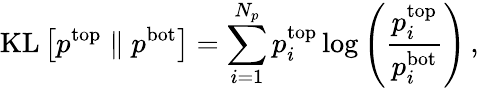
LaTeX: \mathrm{KL}\left[p^{\mathrm{top}}\parallel p^{\mathrm{bot}}\right]=\sum_{i=1}^{N_{p}}p_{i}^{\mathrm{top}}\log\left(\frac{p_{i}^{\mathrm{top}}}{p_{i}^{\mathrm{bot}}}\right)\, ,